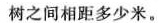
树之间相距多少米。